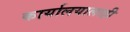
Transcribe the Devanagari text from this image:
कार्यालयालाही